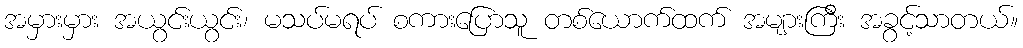
အမှားမှား အယွင်းယွင်း၊ မသပ်မရပ် စကားပြောသူ တစ်ယောက်ထက် အများကြီး အခွင့်သာတယ်။